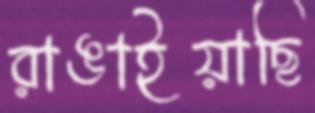
রাঙাইয়াছি